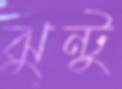
ঝুন্টু